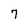
Character: 7